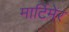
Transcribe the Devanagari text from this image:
मार्टिमेर